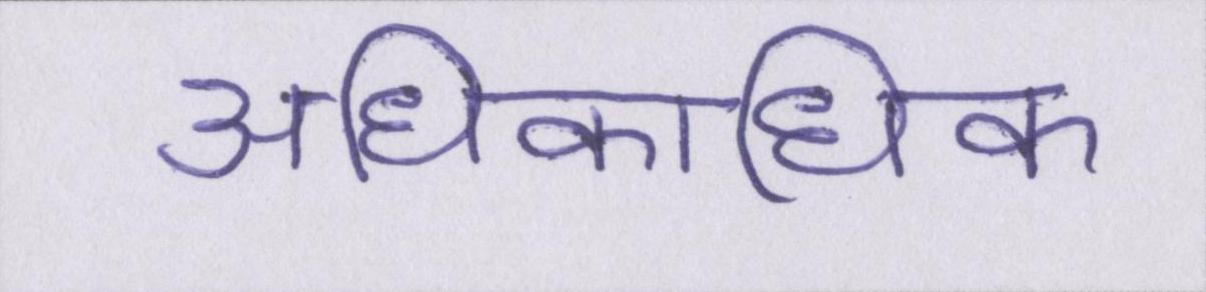
अधिकाधिक